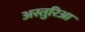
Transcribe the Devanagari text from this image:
अस्तुरिआ